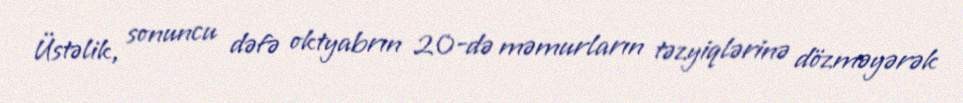
Üstəlik, sonuncu dəfə oktyabrın 20-də məmurların təzyiqlərinə dözməyərək